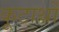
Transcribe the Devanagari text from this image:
कूटार्थों